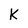
Character: K